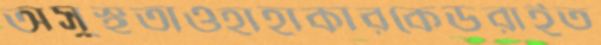
অসুস্থতাওহাহাকারকেডরাইত